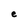
Character: e